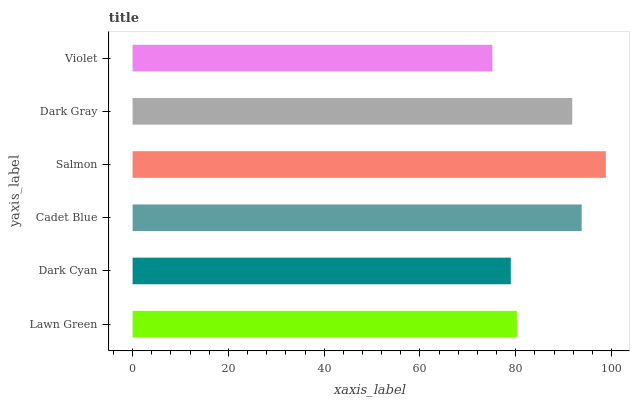
| yaxis_label | bars |
 | --- | --- |
 | Lawn Green | 80.2 |
 | Dark Cyan | 79 |
 | Cadet Blue | 93.8 |
 | Salmon | 98.8 |
 | Dark Gray | 91.8 |
 | Violet | 75.1 |